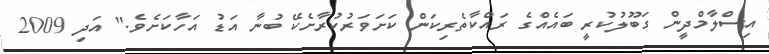
އިިސްލާމްދީން ގަބޫލުކުރީ ބައެއްގެ ރައްކާތެރިކަން ކަށަވަރުކުރާށެކޭ ބުނާ އަޑު އަހާކަށެވެ." އަދި 2009